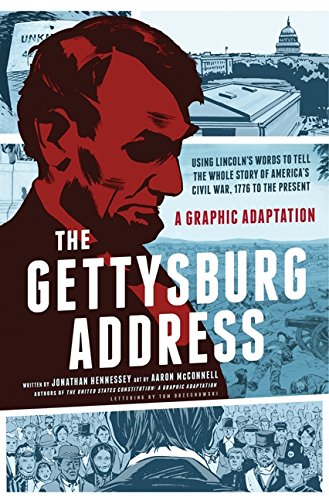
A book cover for The Gettysburg Address: A Graphic Adaptation; Jonathan Hennessey; Comics & Graphic Novels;